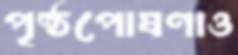
পৃষ্ঠপোষণাও